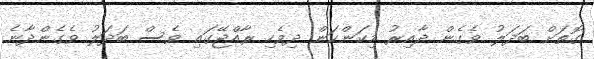
ގޮތަށް ބަދަލު ވެގެން ދާއިރު މިކަންކަން ދިވެހި ރާއްޖޭގައި ވެސް ބަދަލު ވެގެންދާނެ